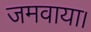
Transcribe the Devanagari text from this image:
जमवाया।